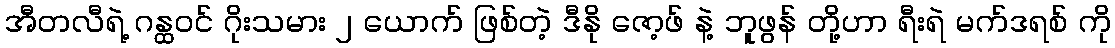
အီတလီရဲ့ ဂန္ထဝင် ဂိုးသမား ၂ ယောက် ဖြစ်တဲ့ ဒီနို ဇော့ဖ် နဲ့ ဘူဖွန် တို့ဟာ ရီးရဲ မက်ဒရစ် ကို